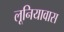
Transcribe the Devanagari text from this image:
लूनियावास